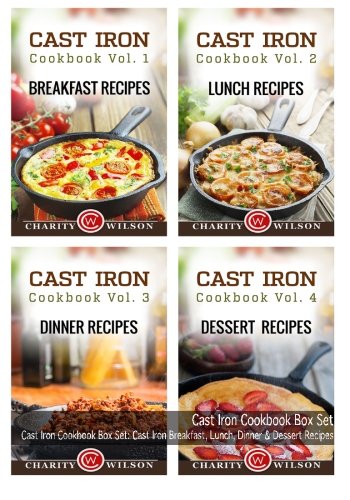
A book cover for Cast Iron Cookbook Box Set: Cast Iron Breakfast, Lunch, Dinner & Dessert Recipes; Charity Wilson; Cookbooks, Food & Wine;